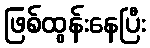
ဖြစ်ထွန်းနေပြီး